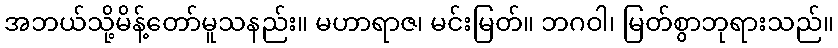
အဘယ်သို့မိန့်တော်မူသနည်း။ မဟာရာဇ၊ မင်းမြတ်။ ဘဂဝါ၊ မြတ်စွာဘုရားသည်။